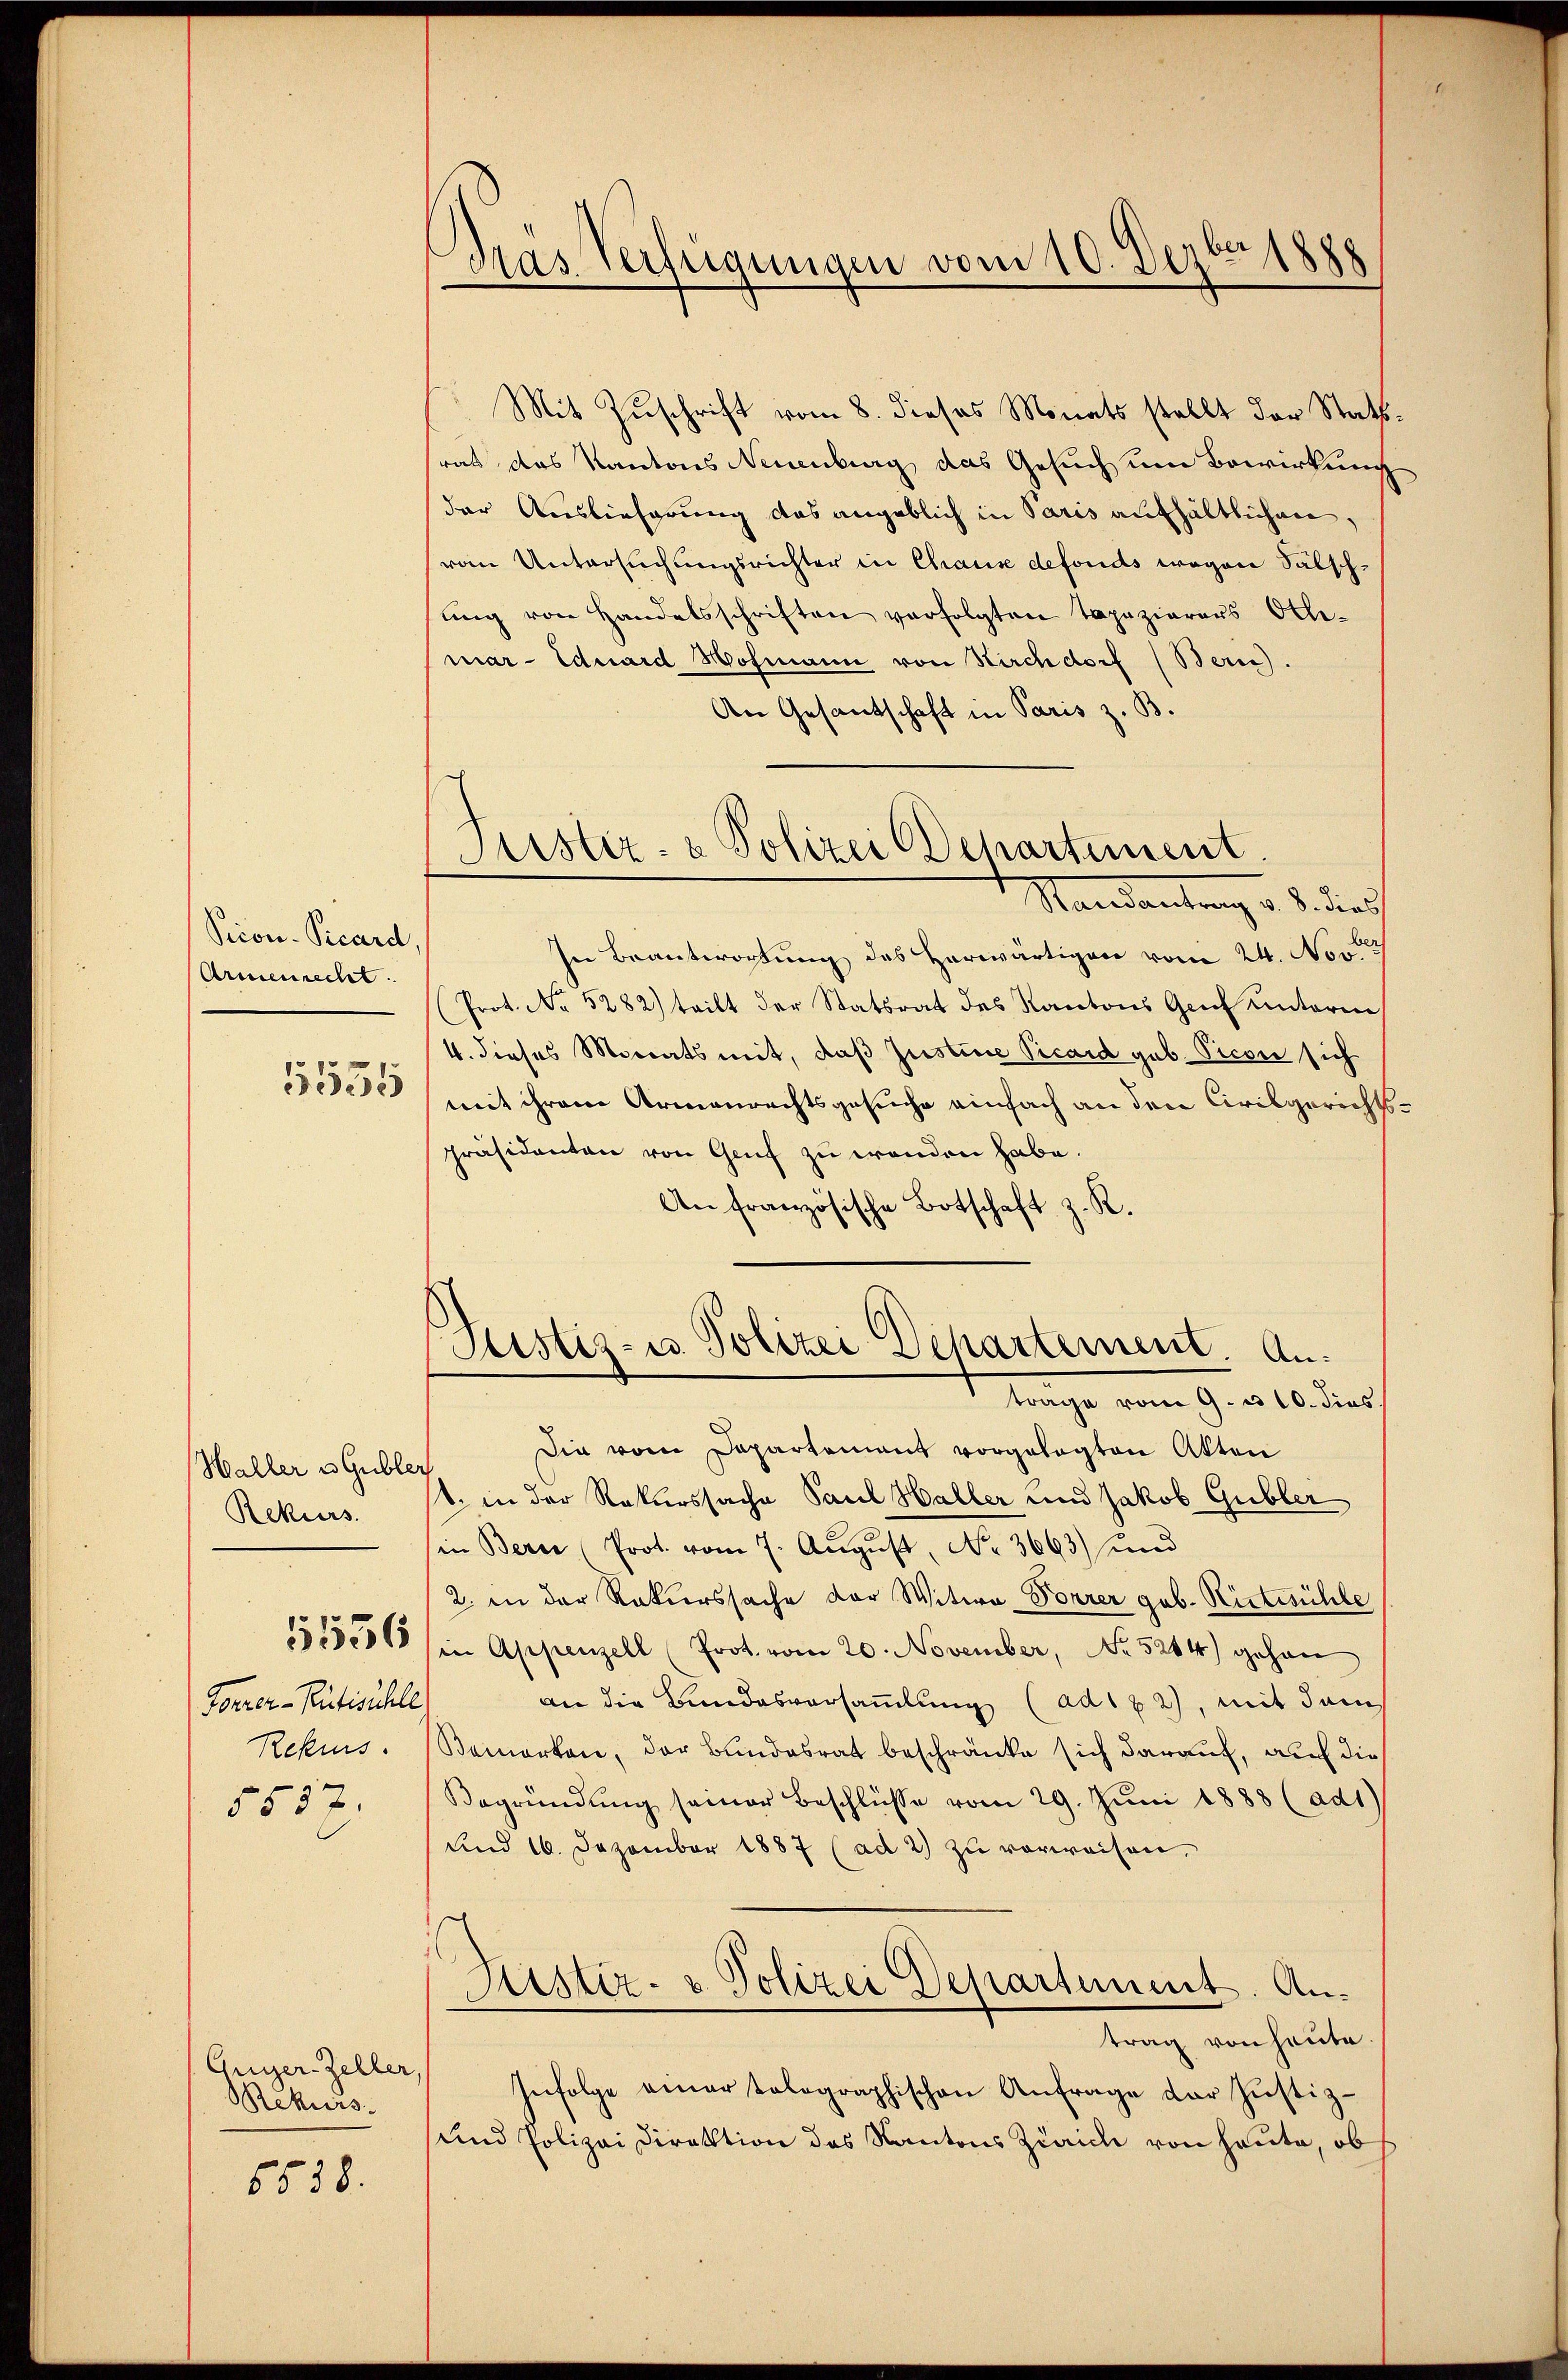
Peion-Vicard
Armenrecht.
1535

Haller u. Gubler
Rekurs
5536
Forrer-Rütischle
Rekurs.
5557.

Guger-Zeller,
Mekurs

6538.

Dräs Verfügungen vom 10. Dezbr. 1888

Justiz- & Polizei Departement.
Mandantung v. J. dies

Mit Zuschrift vom 8. dieses Monats stellt der Stattrat das Kantons Neuenburg das Gesuch um Bewirkung
der Auslieferung das angeblich in Paris aufhältlichen,
von Untersuchungsrichter in Chause defonds wegen Sälschting von Handelsschriften verfolgten Tapazierers Otte-
mar- Eduard Hofmann von Kirchdorf (Bern).
An Gesantschaft in Paris z. B.
In Beantwortung des Herwärtigen vom 24. Nove
(Prot. No 5282) tritt der Statsrat des Kantons Genf unterm
4. dieses Monats mit, daß Justine Vicard geb. Picon sich
mit ihrem Armenrechtsgesuche einfach an den Civilgerichtspräsidenten von Genf zu wenden habe.
An französische Botschaft z. R.
Justiz- u. Polizei Departement. Antrage vom 9. u 10. dies
Die vom Departement vorgelegten Akten
s. in der Rekurssache Paul Haller und Jakob Gubler
in Bern (Prot. vom 7. August, No 3663) und
2. in der Rekurssache der Witwe Forrer geb. Rittesüchle
in Appenzell (Prot. vom 20. November, No 5244) gehan
an die Bundesversammlung (ad182), mit dem
Bemerken, der Bundesrat beschränke sich darauf, auf die
Begründŭng seiner Beschlüsse vom 29. Jŭni 1888 (ad1)
und 16. Dezember 1887 (ad 2) zu verweisen,
Justiz- u. Polizei Departement. Antrag von heute
Infolge einer tolographischen Anfrage der Justiz-
und Polizei Direktion des Kantons Zürich von heute, ob